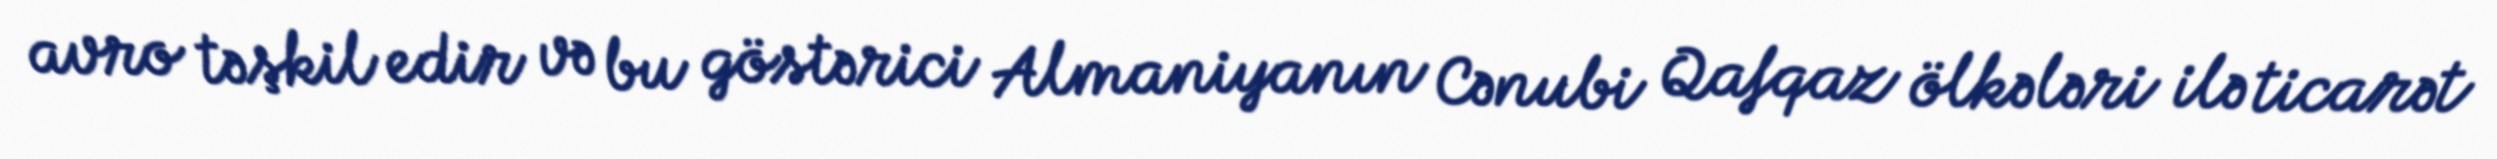
avro təşkil edir və bu göstərici Almaniyanın Cənubi Qafqaz ölkələri ilə ticarət